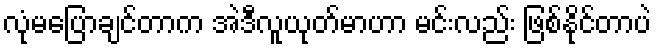
လုံမပြောချင်တာက အဲဒီလူယုတ်မာဟာ မင်းလည်း ဖြစ်နိုင်တာပဲ